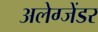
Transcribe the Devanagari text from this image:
अलेग्जेंडर